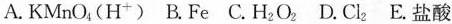
A.KMnO_{4}(H^{+}) B.Fe C.H_{2}O_{2} D.Cl_{2} E.盐酸